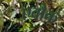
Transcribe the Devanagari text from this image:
एवौक